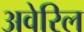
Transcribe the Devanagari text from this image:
अवेरिल